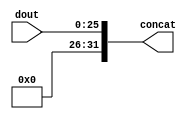
module concat
(
	output [31:0] concat,
	input [25:0] dout
);

assign concat = {6'b0, dout};

endmodule